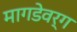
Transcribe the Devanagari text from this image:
मागडेवर्ग